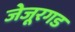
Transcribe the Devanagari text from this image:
जेजूरगड